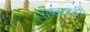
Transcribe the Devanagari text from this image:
राष्त्रवादी